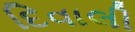
દિવાલી